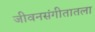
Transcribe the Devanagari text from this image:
जीवनसंगीतातला